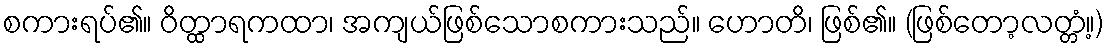
စကားရပ်၏။ ဝိတ္ထာရကထာ၊ အကျယ်ဖြစ်သောစကားသည်။ ဟောတိ၊ ဖြစ်၏။ (ဖြစ်တော့လတ္တံ့။)